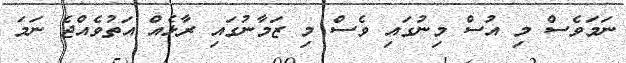
ނަމަވެސް މި އުސް މިނުގައި ވެސް މި ޒަމާނުގައި ރާޅެއް އަތުވެއްޖެ ނަމަ